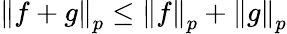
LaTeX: \left\Vert{f+g}\right\Vert_{p}\leq\left\Vert{f}\right\Vert_{p}+\left\Vert{g}\right\Vert_{p}